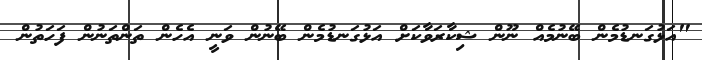
"އަޅުގަނޑުމެން ބޭނުމެއް ނޫން ޝިކާރަވާކަށް އަޅުގަނޑުމެން ބޭނުން ވަނީ އެހެން ތަންތަނުން ފަހަތުން